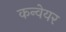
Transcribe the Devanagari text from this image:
कन्‍वेयर